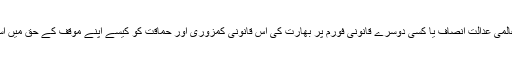
فرائیڈے اسپیشل: ہم عالمی عدالتِ انصاف یا کسی دوسرے قانونی فورم پر بھارت کی اس قانونی کمزوری اور حماقت کو کیسے اپنے مؤقف کے حق میں استعمال کرسکتے ہیں؟